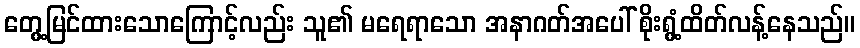
တွေ့မြင်ထားသောကြောင့်လည်း သူ၏ မရေရာသော အနာဂတ်အပေါ် စိုးရွံ့ထိတ်လန့်နေသည်။